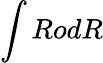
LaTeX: \int RodR